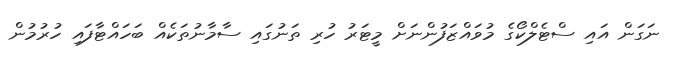
ނަގަން އައި ސްޓެލްކޯގެ މުވައްޒަފުންނަށް މީޓަރު ހުރި ތަނުގައި ސާމާނުތަކެއް ބަހައްޓާފައި ހުރުމުން